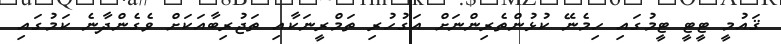
ޤައުމީ ޓީޓީ ޓީމުގައި ހިމެނޭ ކުޅުންތެރިންނަށް އަގުހުރި ތަމްރީނަކާއި ތަޖުރިބާއަކަށް ވެގެންދާނެ ކަމުގައި